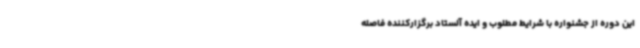
این دوره از جشنواره با شرایط مطلوب و ایده آلستاد برگزارکننده فاصله